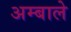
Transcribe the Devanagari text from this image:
अम्बाले